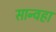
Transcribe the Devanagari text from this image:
सान्वहा